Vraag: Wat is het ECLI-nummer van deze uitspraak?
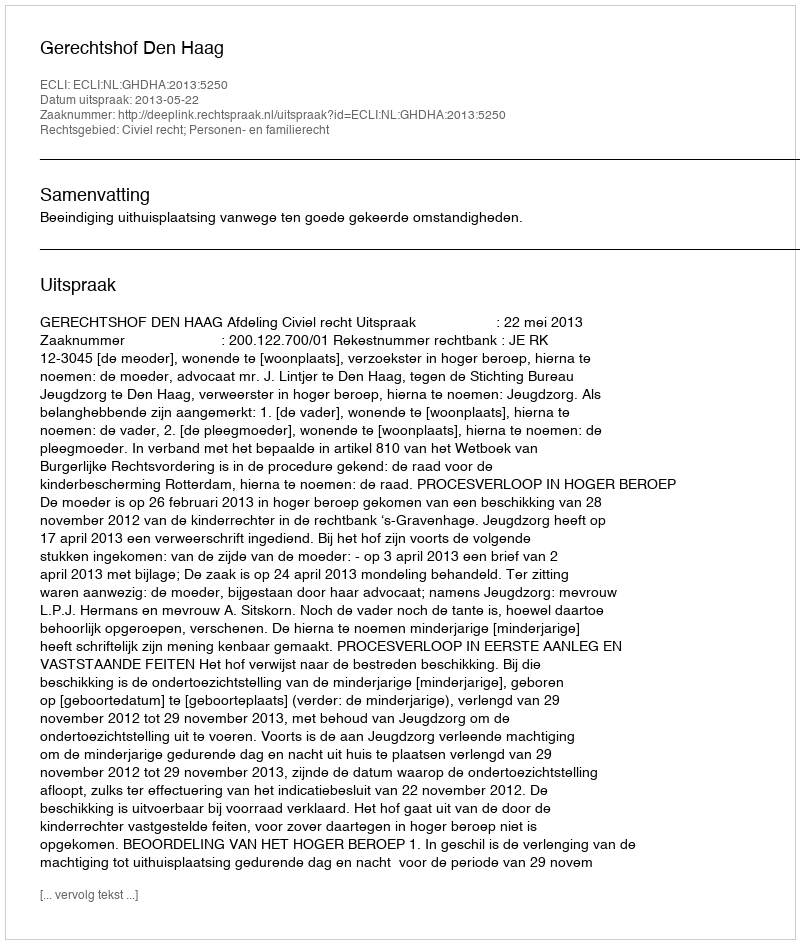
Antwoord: ECLI:NL:GHDHA:2013:5250